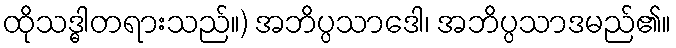
ထိုသဒ္ဓါတရားသည်။) အဘိပ္ပသာဒေါ၊ အဘိပ္ပသာဒမည်၏။